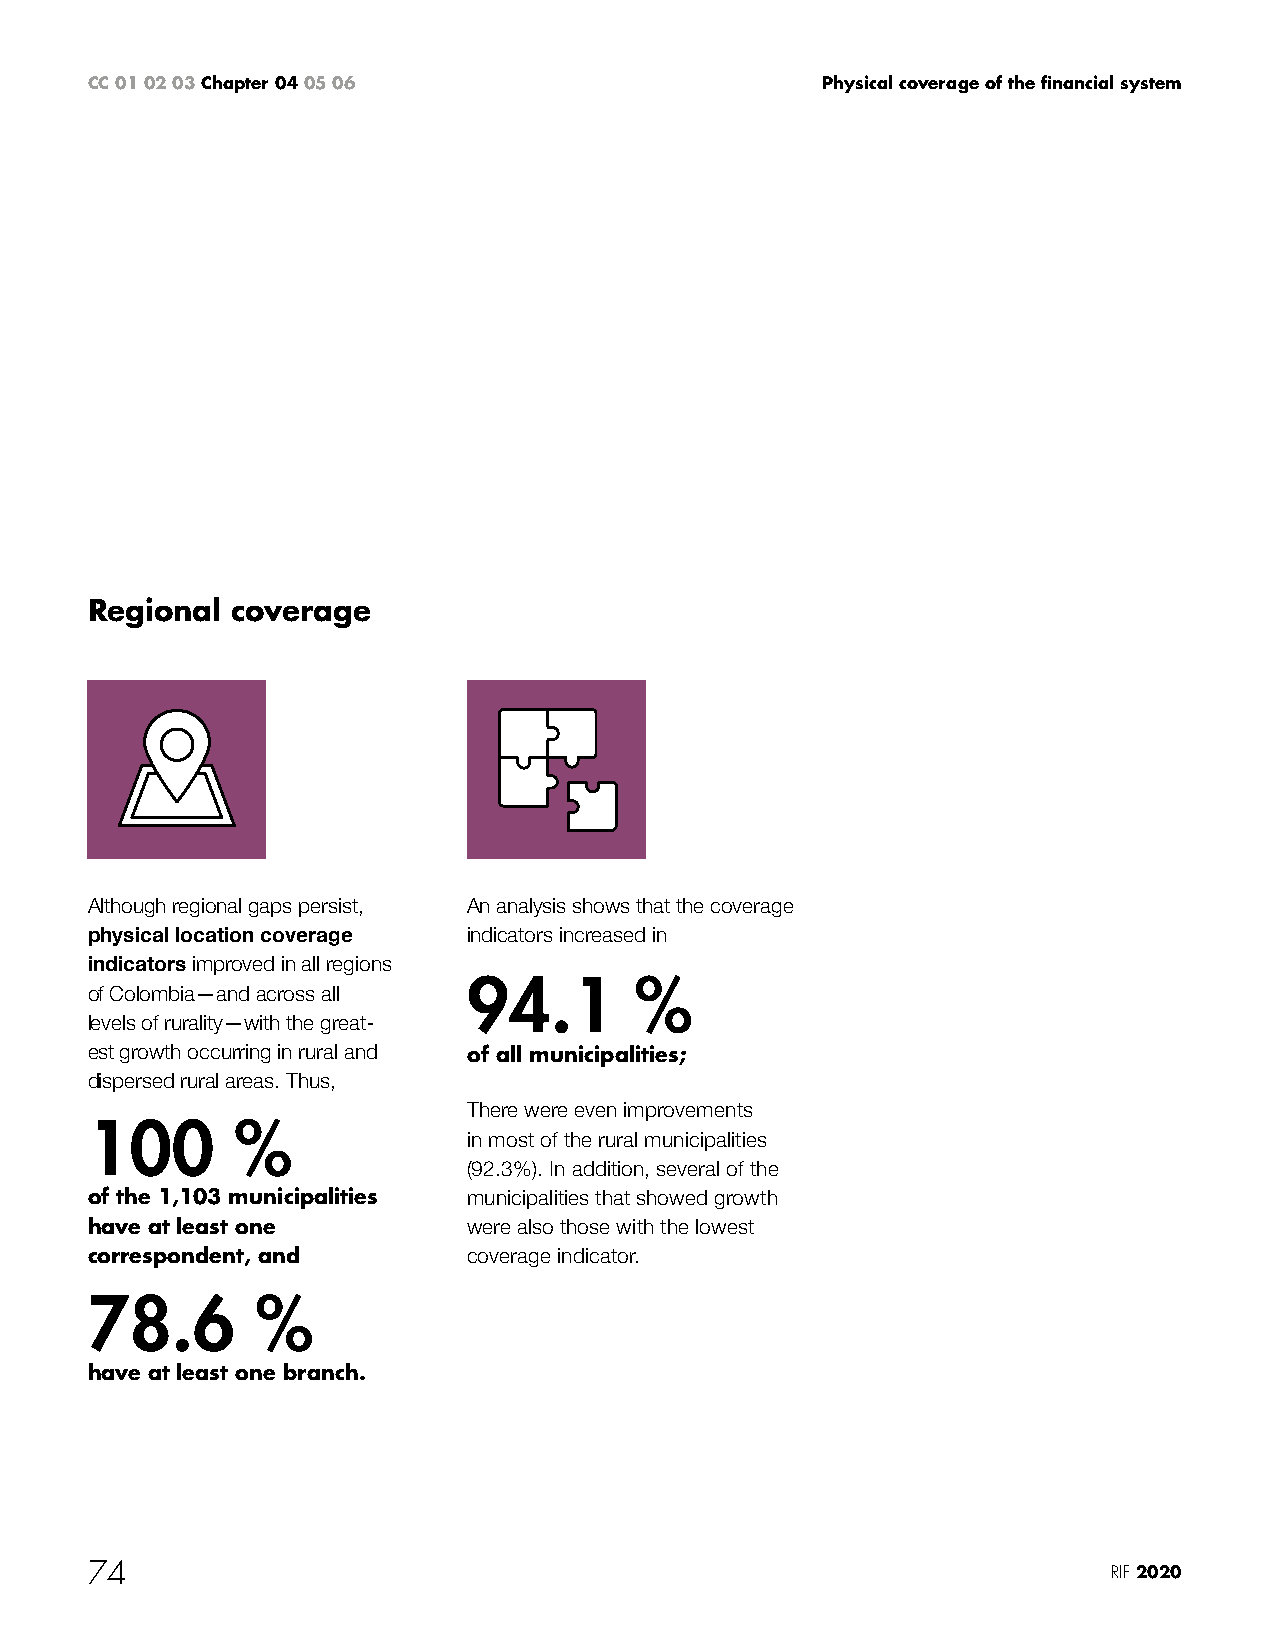
CC 01 02 03 Chapter 04 05 06                    Physical coverage of the financial system
 Regional coverage
 Although regional gaps persist, An analysis shows that the coverage
 physical location coverage indicators increased in
 indicators improved in all regions
 94.1       %
 of Colombia—and across all
 levels of rurality—with the great-
 est growth occurring in rural and of all municipalities;
 dispersed rural areas. Thus,
 There were even improvements
 100       %
 in most of the rural municipalities
 (92.3%). In addition, several of the
 of the 1,103 municipalities municipalities that showed growth
 have at least one        were also those with the lowest
 correspondent, and       coverage indicator.
 78.6       %
 have at least one branch.
 74                                                                  RIF 2020